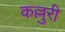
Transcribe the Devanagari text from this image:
कल्लुरी